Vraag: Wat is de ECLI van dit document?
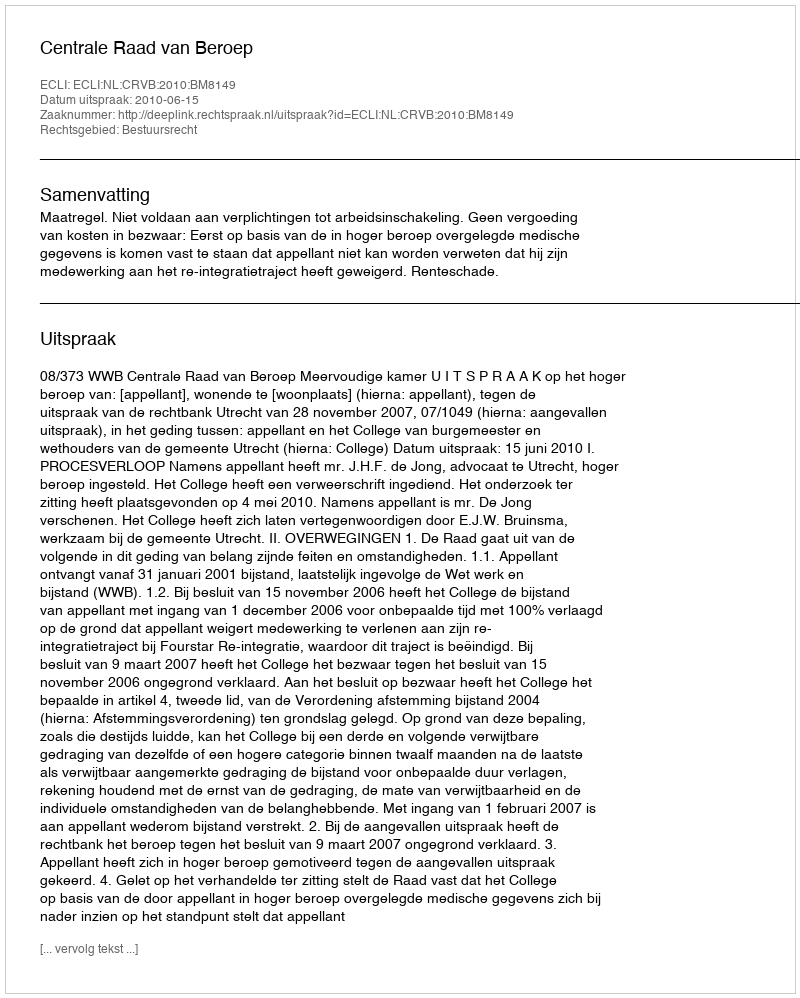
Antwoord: ECLI:NL:CRVB:2010:BM8149